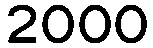
2000